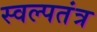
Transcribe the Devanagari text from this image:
स्वल्पतंत्र